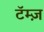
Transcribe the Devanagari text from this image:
टॅम्ज़